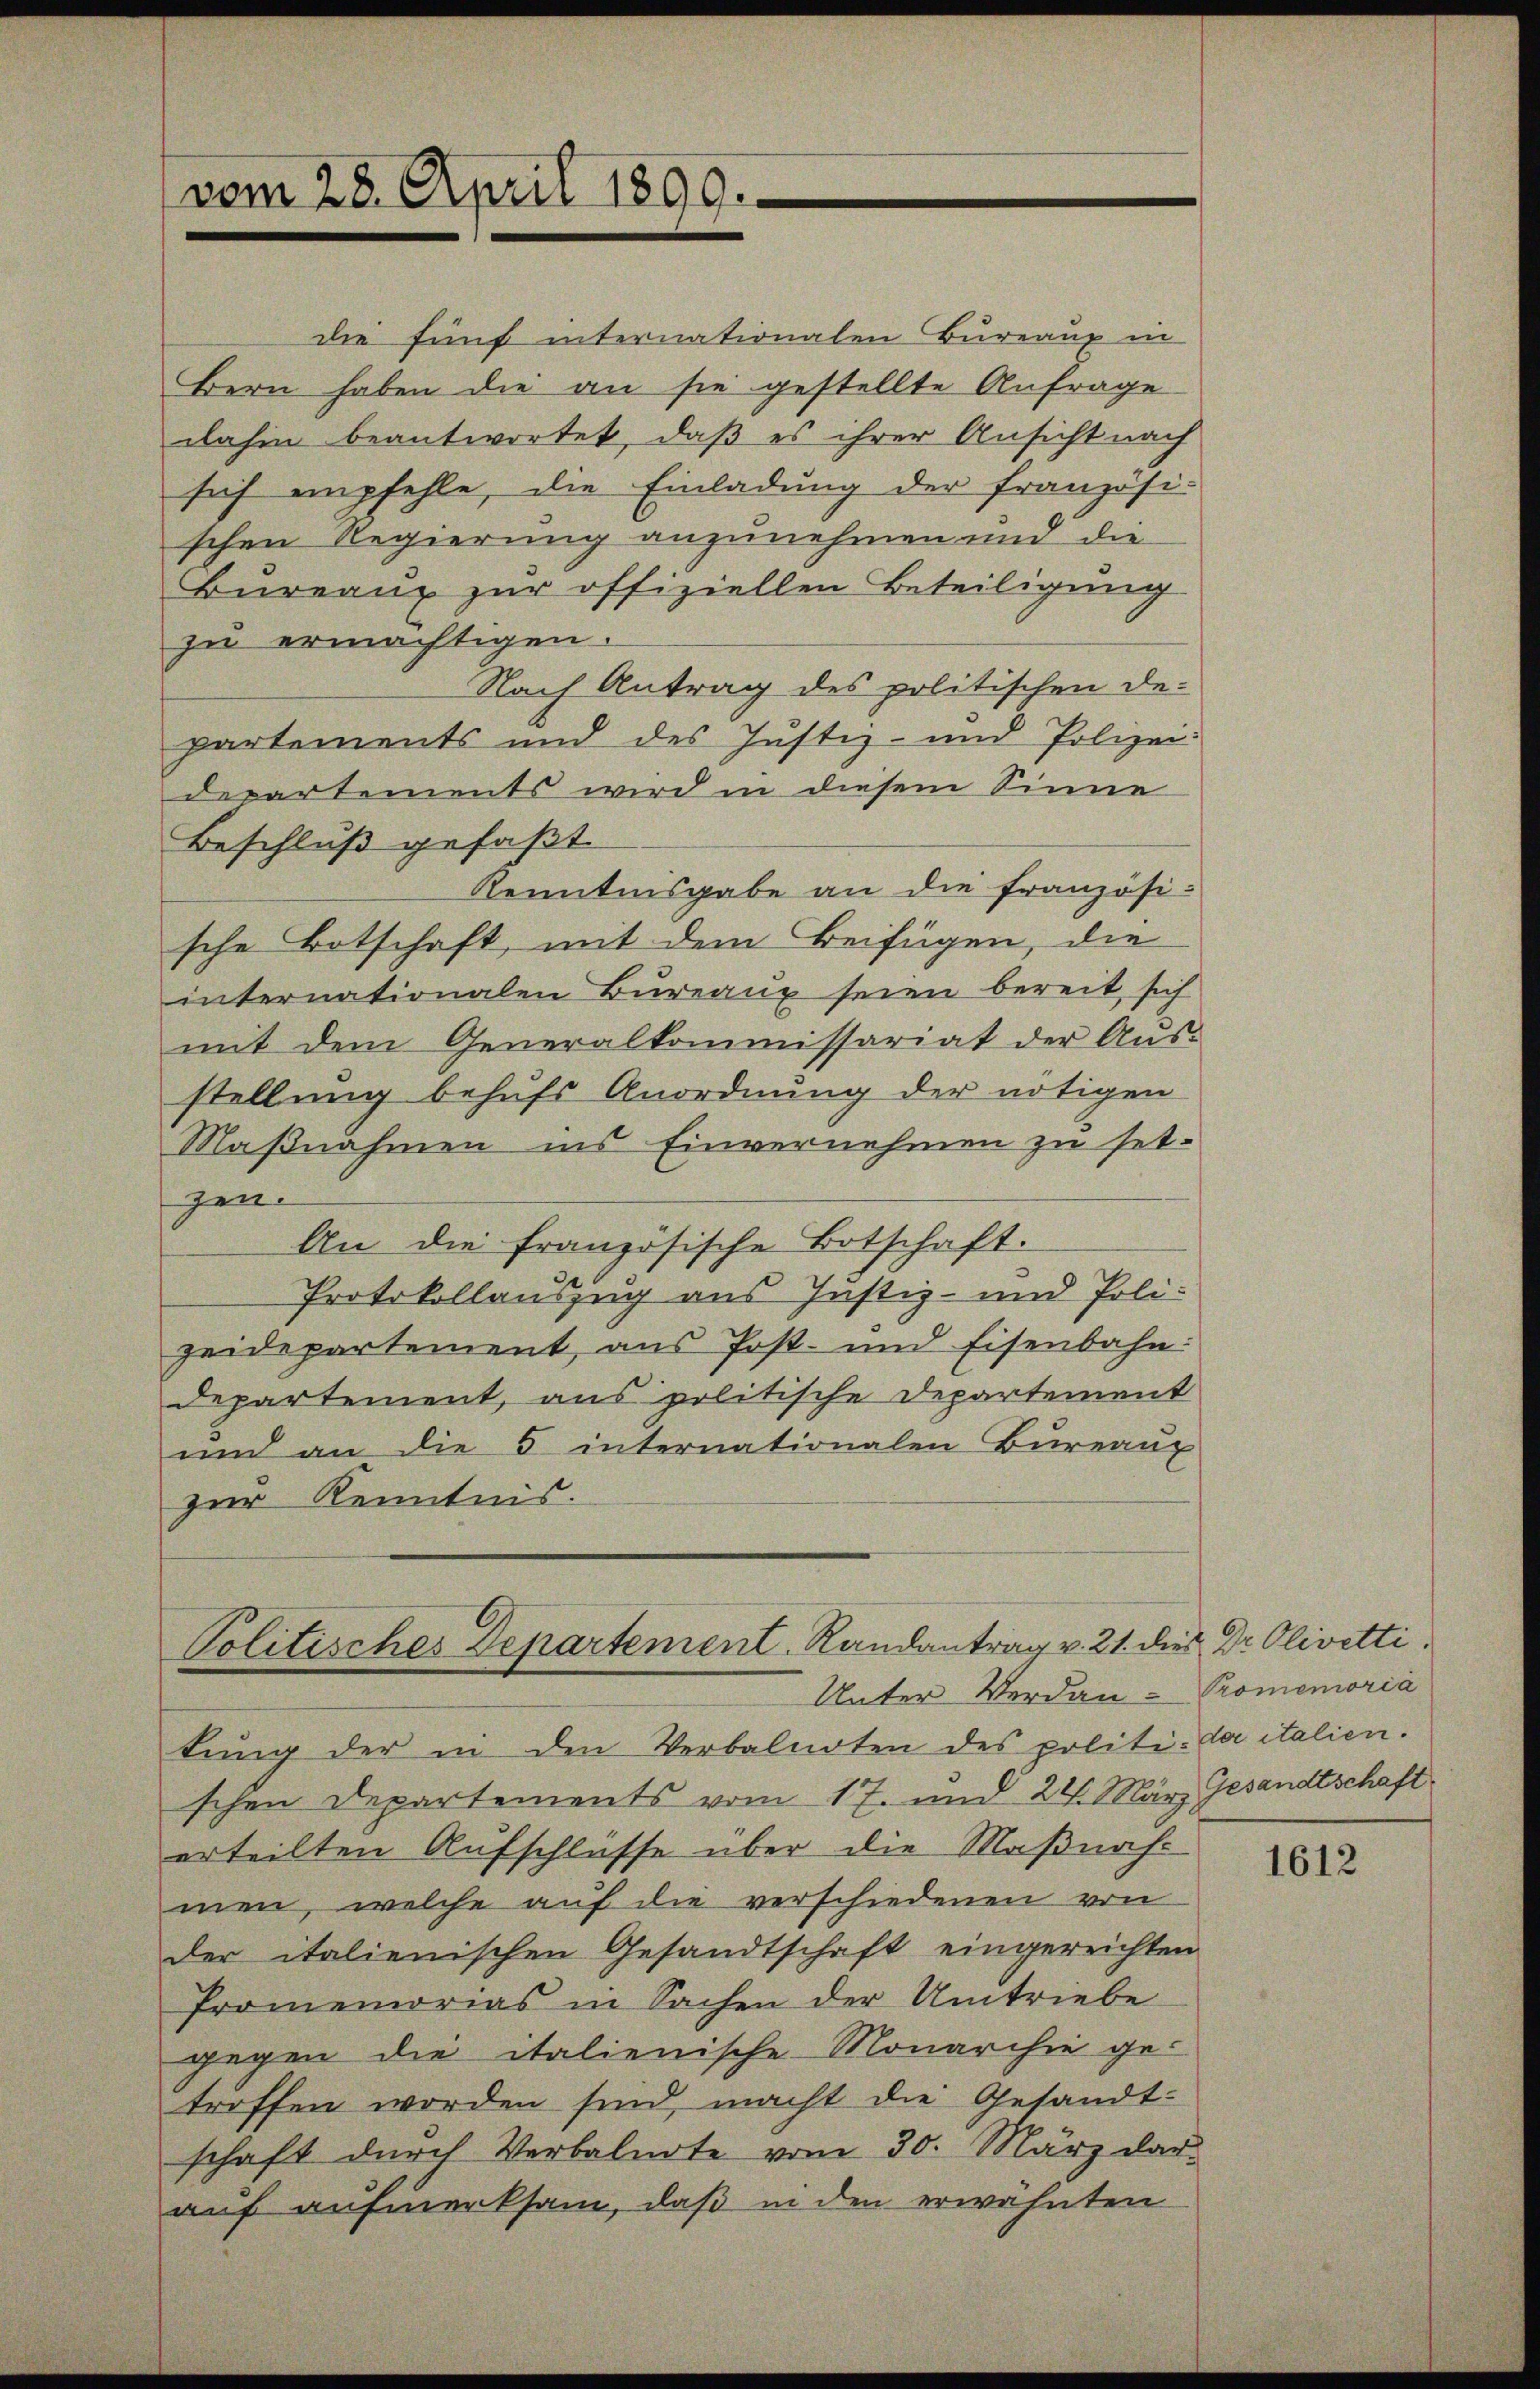
vom 28. April 1809.

die fünf internationalen Bureaux in
Bern haben die an sie gestellte Anfrage
dahin beantwortet, daß es ihrer Ansicht nach
sich empfehle, die Einladung der französi-
schen Regierung anzunehmen und die
Bureau zur offiziellen Beteiligung
zu ermächtigen.
Nach Antrag des politischen De-
partements und des Justiz- und Polizei:
departements wird in diesem Sinne
Beschluß gefaßt
Kenntnisgabe an die Französi-
sche Botschaft, mit dem Beifügen, die
internationalen Bureaux seien bereit sich
mit dem Generalkommissariat der Aus-
stellung behufs Anordnung der nötigen
Maßnahmen ins Einvernehmen zu setgen.
An die französische Botschaft.
Protokollauszug aus Justiz- und Polizeidepartement, aus Post- und Eisenbahn:
departement, aus politische Departement
und an die 5 internationalen Bureaux
zur Kenntnis.

Politisches Departement. Randantrag v. 21. dies Dr. Olivetti.
Unter Verdan-Promemoria

tung der in den Verbalnoten des politi- da italien.
schen Departements vom 17. und 22. März Gesandtschaft
erteilten Aufschlüsse über die Maßnahmen, welche auf die verschiedenen von
der italienischen Gesandtschaft eingereichten
Promemorias in Sachen der Umtriebe
gegen die italienische Monarchie ge-
troffen worden sind, macht die Gesandt-
schaft durch Verbalnote vom 30. März dar
auf aufmerksam, daß in den erwähnten

1612